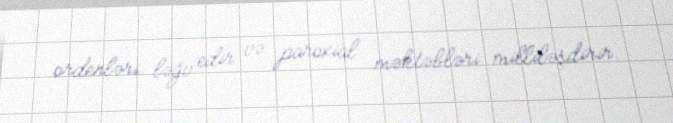
ordenləri ləğv edir və paroxial məktəbləri milliləşdirir.